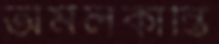
অমলকান্তি